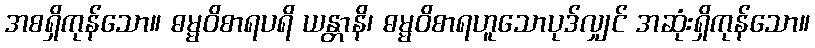
အစရှိကုန်သော။ ဓမ္မဝိစာရပရိ ယန္တာနိ၊ ဓမ္မဝိစာရဟူသောပုဒ်လျှင် အဆုံးရှိကုန်သော။